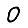
Digit: 0